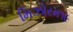
મિઝોરમ૧૯